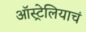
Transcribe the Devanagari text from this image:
ऑस्ट्रेलियाचं